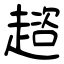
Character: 趦